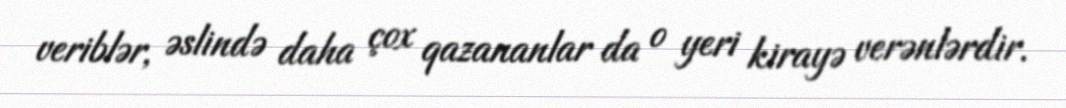
veriblər, əslində daha çox qazananlar da o yeri kirayə verənlərdir.